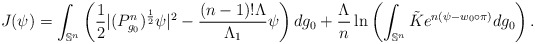
\begin{align*}J(\psi)=\int_{\mathbb{S}^n}\left(\frac{1}{2}|(P_{g_0}^n)^{\frac{1}{2}}\psi|^{2}-\frac{(n-1)!\Lambda}{\Lambda_1} \psi\right)dg_0+ \frac{\Lambda}{n}\ln \left(\int_{\mathbb{S}^n}\tilde{K}e^{n(\psi-w_0\circ \pi)}dg_0\right).\end{align*}